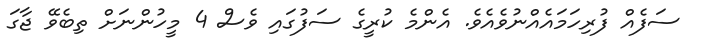
ސަފެއް ފުރިހަމައެއްނުވެއެވެ. އެންމެ ކުރީގެ ސަފުގައި ވެސް 4 މީހުންނަށް ތިބެވޭ ޖާގަ